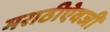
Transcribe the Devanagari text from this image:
मराठीऐवजी